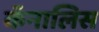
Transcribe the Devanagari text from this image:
कॅनालिस